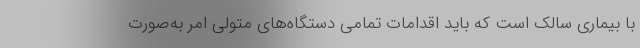
با بیماری سالک است که باید اقدامات تمامی دستگاه‌های متولی امر به‌صورت